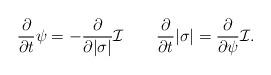
LaTeX: \begin{align*}\frac{\partial}{\partial t}\psi=-\frac{\partial}{\partial|\sigma|}{\cal I}\qquad\frac{\partial}{\partial t}|\sigma|=\frac{\partial}{\partial\psi}{\cal I}.\end{align*}